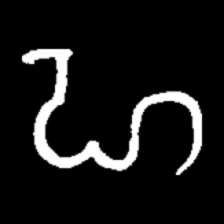
Pyu character \u2014 Myanmar letter: ဟ (romanized: ha)